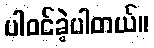
ပါဝင်ခဲ့ပါတယ်။